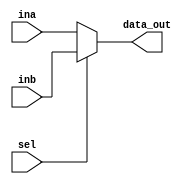
module Mux(ina,inb,sel,data_out);
    input [3:0] ina;
    input [3:0] inb;
    input sel;
    output [3:0] data_out;
    assign data_out = sel ? inb : ina;
endmodule